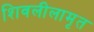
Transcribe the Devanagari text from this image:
शिवलीलामृत